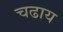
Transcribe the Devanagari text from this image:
चढाय